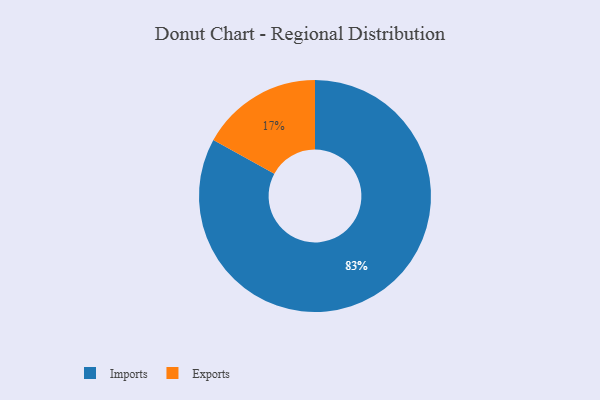
{"axis": {"x": "Category", "y": "Percentage"}, "legend": ["Exports", "Imports"], "data": [{"x": "Exports", "y": 17, "type": "Exports"}, {"x": "Imports", "y": 83, "type": "Imports"}]}